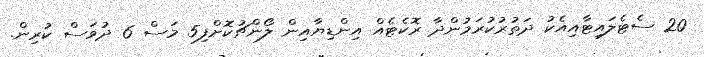
20 ސެޓެލައިޓާއިއެކު ދަތުރުކުރަމުންދާ ރޮކެޓެއް އިންޑިޔާއިން ލޯންޗުކޮށްފި5 މަސް 6 ދުވަސް ކުރިން.